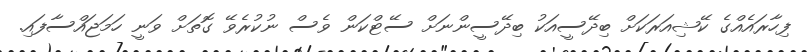
ފިހާރައެއްގެ ކޭޝިއަރަކަށް ބިދޭސީއަކު ބިދޭސީންނަށް ސޭޓްކަން ވެސް ނުކުރެވޭ ގޮތަށް ވަނީ ހަމަޖައްސާފައި.